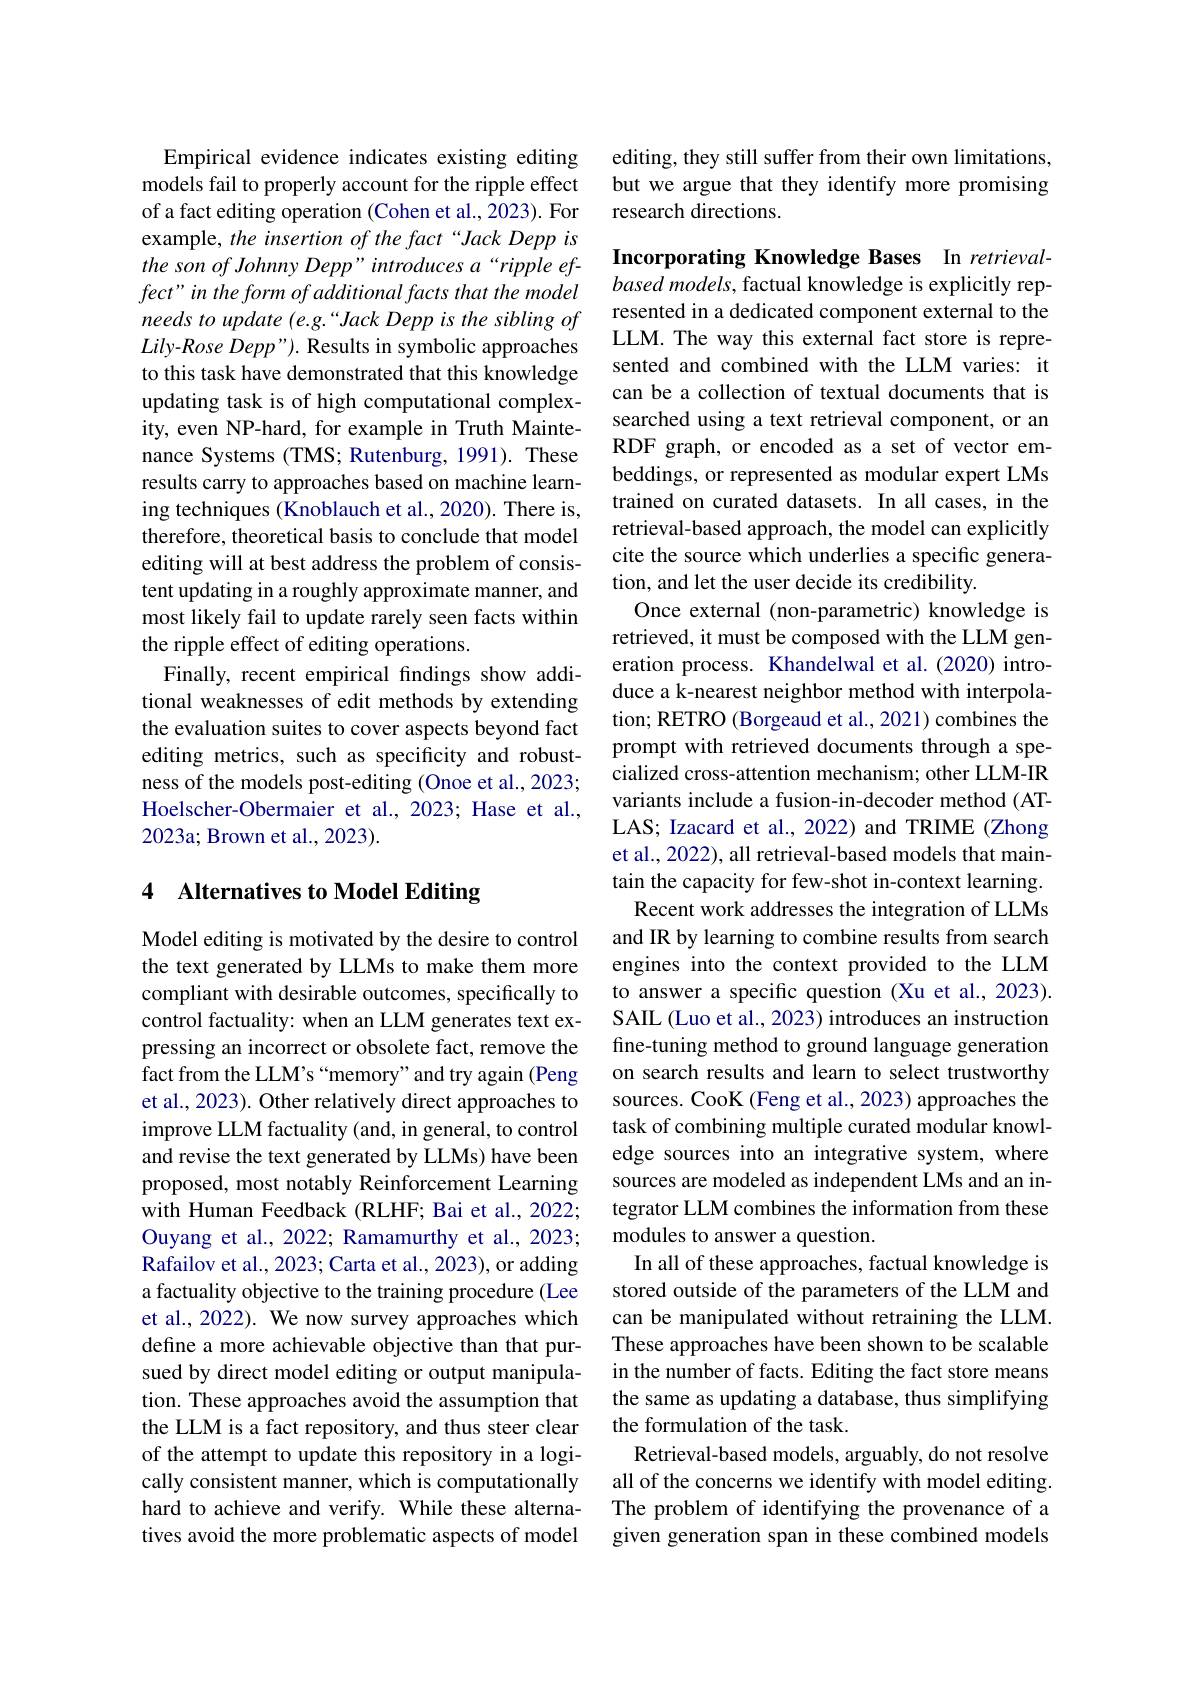
Empirical evidence indicates existing editing models fail to properly account for the ripple effect of a fact editing operation (Cohen et al., 2023). For example, the insertion of the fact “Jack Depp is the son of Johnny Depp" introduces a“ripple effect" in the form of additional facts that the model needs to update (e.g.“Jack Depp is the sibling of $Lily- Rose\textit{Depp" }) .$ Results in symbolic approaches to this task have demonstrated that this knowledge updating task is of high computational complexity, even NP-hard, for example in Truth Maintenance Systems (TMS; Rutenburg, 1991). These results carry to approaches based on machine learning techniques (Knoblauch et al., 2020). There is, therefore, theoretical basis to conclude that model editing will at best address the problem of consistent updating in a roughly approximate manner, and most likely fail to update rarely seen facts within the ripple effect of editing operations.
Finally, recent empirical findings show additional weaknesses of edit methods by extending the evaluation suites to cover aspects beyond fact editing metrics, such as specificity and robustness of the models post-editing (Onoe et al., 2023; Hoelscher-Obermaier et al., 2023; Hase et al., 2023a; Brown et al., 2023).

## 4 Alternatives to Model Editing

Model editing is motivated by the desire to control the text generated by LLMs to make them more compliant with desirable outcomes, specifically to control factuality: when an LLM generates text expressing an incorrect or obsolete fact, remove the fact from the LLM's “memory" and try again (Peng et al., 2023). Other relatively direct approaches to improve LLM factuality (and, in general, to control and revise the text generated by LLMs) have been proposed, most notably Reinforcement Learning with Human Feedback (RLHF; Bai et al., 2022; Ouyang et al., 2022; Ramamurthy et al., 2023; Rafailov et al., 2023; Carta et al., 2023), or adding a factuality objective to the training procedure (Lee et al., 2022). We now survey approaches which define a more achievable objective than that pursued by direct model editing or output manipulation. These approaches avoid the assumption that the LLM is a fact repository, and thus steer clear of the attempt to update this repository in a logically consistent manner, which is computationally hard to achieve and verify. While these alternatives avoid the more problematic aspects of model

editing, they still suffer from their own limitations, but we argue that they identify more promising research directions.

Incorporating Knowledge Bases In retrievalbased models, factual knowledge is explicitly represented in a dedicated component external to the LLM. The way this external fact store is represented and combined with the LLM varies: it can be a collection of textual documents that is searched using a text retrieval component, or an RDF graph, or encoded as a set of vector embeddings, or represented as modular expert LMs trained on curated datasets. In all cases, in the retrieval-based approach, the model can explicitly cite the source which underlies a specific generation, and let the user decide its credibility.
Once external (non-parametric) knowledge is retrieved, it must be composed with the LLM generation process. Khandelwal et al.(2020) introduce a k-nearest neighbor method with interpolation; RETRO (Borgeaud et al., 2021) combines the prompt with retrieved documents through a specialized cross-attention mechanism; other LLM-IR variants include a fusion-in-decoder method (ATLAS; Izacard et al., 2022) and TRIME (Zhong et al., 2022), all retrieval-based models that maintain the capacity for few-shot in-context learning.
Recent work addresses the integration of LLMs and IR by learning to combine results from search engines into the context provided to the LLM to answer a specific question (Xu et al., 2023). SAIL (Luo et al., 2023) introduces an instruction fine-tuning method to ground language generation on search results and learn to select trustworthy sources. CooK (Feng et al., 2023) approaches the task of combining multiple curated modular knowledge sources into an integrative system, where sources are modeled as independent LMs and an integrator LLM combines the information from these modules to answer a question.
In all of these approaches, factual knowledge is stored outside of the parameters of the LLM and can be manipulated without retraining the LLM. These approaches have been shown to be scalable in the number of facts. Editing the fact store means the same as updating a database, thus simplifying the formulation of the task.
Retrieval-based models, arguably, do not resolve all of the concerns we identify with model editing. The problem of identifying the provenance of a given generation span in these combined models